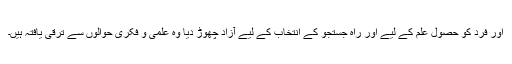
اور فرد کو حصول علم کے لیے اور راہ جستجو کے انتخاب کے لیے آزاد چھوڑ دیا وہ علمی و فکری حوالوں سے ترقی یافتہ ہیں۔